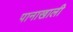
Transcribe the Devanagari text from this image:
पानाखाली